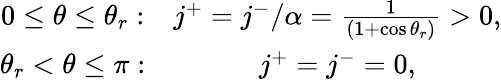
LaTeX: \begin{array}{cc}{0\leq\theta\leq\theta_{r}:}&{j^{+}=j^{-}/\alpha=\frac{1}{\left(1+\cos\theta_{r}\right)}>0,}\\ {\theta_{r}<\theta\leq\pi:}&{j^{+}=j^{-}=0,}\end{array}